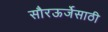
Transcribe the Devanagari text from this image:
सौरऊर्जेसाठी